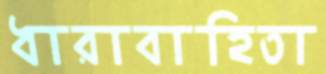
ধারাবাহিতা